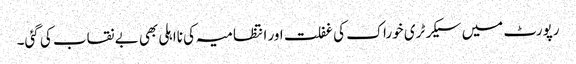
رپورٹ میں سیکرٹری خوراک کی غفلت اور انتظامیہ کی نااہلی بھی بے نقاب کی گئی۔